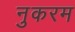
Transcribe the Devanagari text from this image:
नुकरम